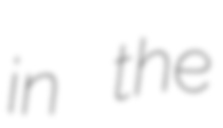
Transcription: in the